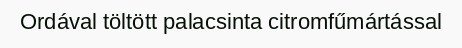
Ordával töltött palacsinta citromfűmártással